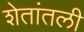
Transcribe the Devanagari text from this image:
शेतांतली